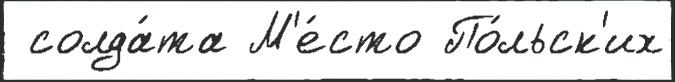
 солда́та М'е́сто По́льск'их